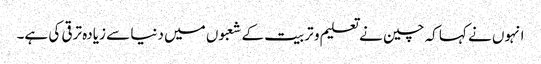
انہوں نے کہا کہ چین نے تعلیم و تربیت کے شعبوں میں دنیا سے زیادہ ترقی کی ہے۔